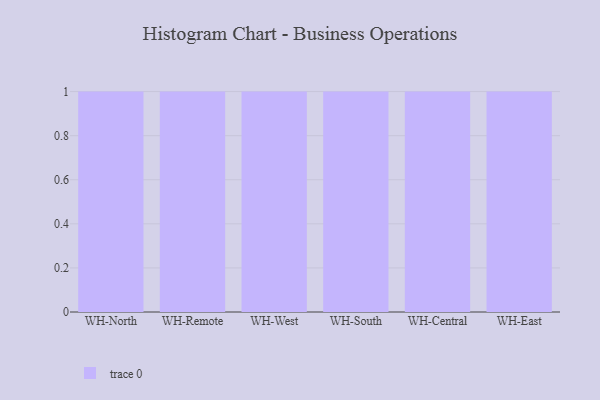
{"axis": {"x": "Warehouse", "y": "Temperature (°C)"}, "legend": [""], "data": [{"x": "WH-North", "y": 52, "type": ""}, {"x": "WH-Remote", "y": 99, "type": ""}, {"x": "WH-West", "y": 28, "type": ""}, {"x": "WH-South", "y": 50, "type": ""}, {"x": "WH-Central", "y": 52, "type": ""}, {"x": "WH-East", "y": 14, "type": ""}]}